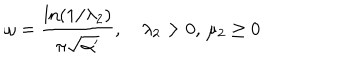
\omega = { \frac { \ln ( 1 / { \lambda _ { 2 } } ) } { \pi \sqrt { \alpha ^ { \prime } } } } , \quad { \lambda _ { 2 } } > 0 , \, { \mu _ { 2 } } \geq 0